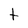
Character: t